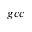
{ g c c }